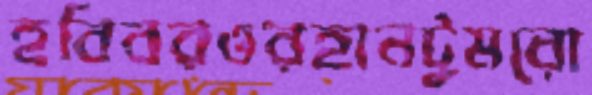
হবিবরওরহানটুমরো